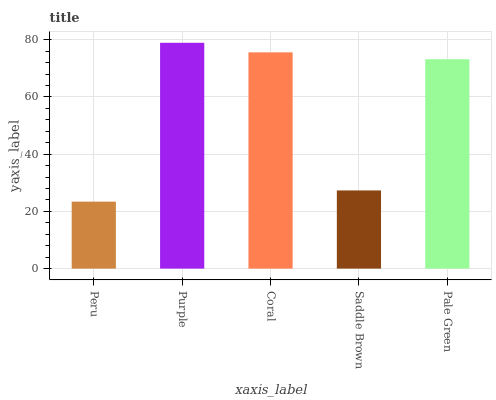
| xaxis_label | bars |
 | --- | --- |
 | Peru | 23.4 |
 | Purple | 78.9 |
 | Coral | 75.6 |
 | Saddle Brown | 27.3 |
 | Pale Green | 73.2 |